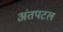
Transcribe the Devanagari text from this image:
अंतपटल